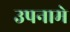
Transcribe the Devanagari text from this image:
उपनामे